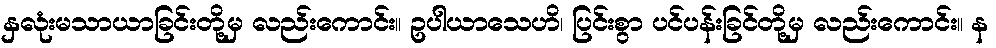
နှလုံးမသာယာခြင်းတို့မှ လည်းကောင်း။ ဥပါယာသေဟိ၊ ပြင်းစွာ ပင်ပန်းခြင်တို့မှ လည်းကောင်း။ န